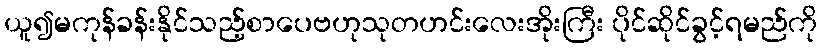
ယူ၍မကုန်ခန်းနိုင်သည့်စာပေဗဟုသုတဟင်းလေးအိုးကြီး ပိုင်ဆိုင်ခွင့်ရမည်ကို